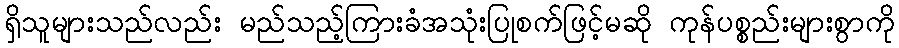
ရှိသူများသည်လည်း မည်သည့်ကြားခံအသုံးပြုစက်ဖြင့်မဆို ကုန်ပစ္စည်းများစွာကို